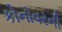
કોનોવરની